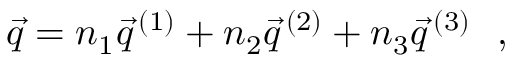
\vec { q } = n _ { 1 } \vec { q } ^ { \, ( 1 ) } + n _ { 2 } \vec { q } ^ { \, ( 2 ) } + n _ { 3 } \vec { q } ^ { \, ( 3 ) } ~ ~ ,